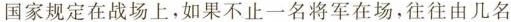
国家规定在战场上。如果不止一名将军在场，往往由几名